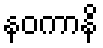
နဝကာနိ